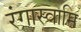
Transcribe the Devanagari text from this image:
रंगास्वामि